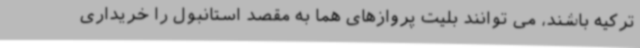
ترکیه باشند، می توانند بلیت پروازهای هما به مقصد استانبول را خریداری